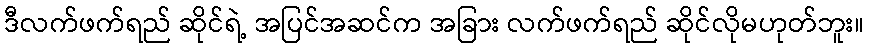
ဒီလက်ဖက်ရည် ဆိုင်ရဲ့ အပြင်အဆင်က အခြား လက်ဖက်ရည် ဆိုင်လိုမဟုတ်ဘူး။